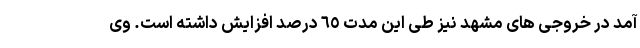
آمد در خروجی های مشهد نیز طی این مدت ٦٥ درصد افزایش داشته است. وی